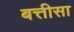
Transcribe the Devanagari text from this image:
बत्तीसा